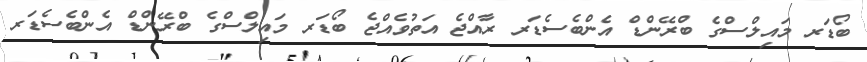
ބޯޑަރ މައިލްސްގެ ބްރޭންޑް އެންބެސެޑަރ ރާއްޖެ އަތުވެއްޖެ ބޯޑަރ މައިލްސްގެ ބްރޭންޑް އެންބެސެޑަރ